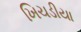
ખિચડીયા